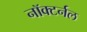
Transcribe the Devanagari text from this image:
नॉक्टर्नल